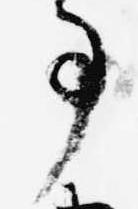
事